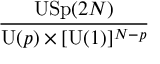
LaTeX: { \frac { \mathrm { U S p } ( 2 N ) } { \mathrm { U } ( p ) \times [ \mathrm { U } ( 1 ) ] ^ { N - p } } }